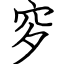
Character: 穸